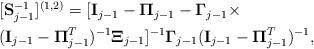
LaTeX: \begin{align*}\begin{aligned}&[\bold{S}_{j-1}^{-1}]^{(1,2)}=[\bold{I}_{j-1}-\bold{\Pi}_{j-1} -\bold{\Gamma}_{j-1}\times\\&(\bold{I}_{j-1}-\bold{\Pi}_{j-1}^{T})^{-1}\bold{\Xi}_{j-1} ]^{-1}\bold{\Gamma}_{j-1}(\bold{I}_{j-1}-\bold{\Pi}_{j-1}^{T})^{-1},\end{aligned}\end{align*}